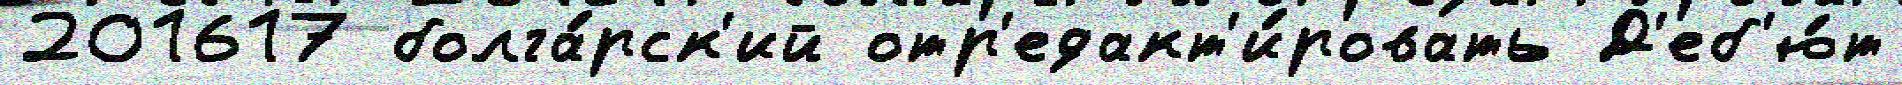
201617 болга́рск'ий отр'едакт'и́ровать Д'еб'ю́т